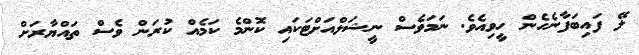
ލޭ ފައިބަފާނެހެން ހީވިއެވެ. ނަމަވެސް ނީޝަލްއަށްޓަކައި ކޮންމެ ކަމެއް ކުރަން ވެސް ތައްޔާރަށް